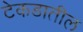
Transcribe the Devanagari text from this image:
टेकडातील